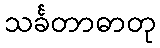
သင်္ခတာဓာတု